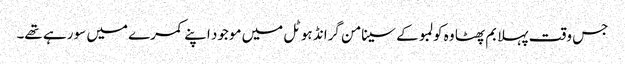
جس وقت پہلا بم پھٹا وہ کولمبو کے سینامن گرانڈ ہوٹل میں موجود اپنے کمرے میں سو رہے تھے۔